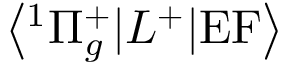
\left< ^ 1 \Pi _ { g } ^ { + } | L ^ { + } | \mathrm { E F } \right>